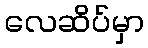
လေဆိပ်မှာ